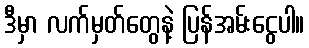
ဒီမှာ လက်မှတ်တွေနဲ့ ပြန်အမ်းငွေပါ။